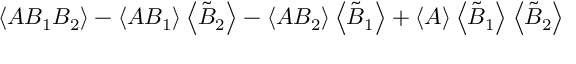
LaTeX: \left\langle A B _ { 1 } B _ { 2 } \right\rangle - \left\langle A B _ { 1 } \right\rangle \left\langle \tilde { B } _ { 2 } \right\rangle - \left\langle A B _ { 2 } \right\rangle \left\langle \tilde { B } _ { 1 } \right\rangle + \left\langle A \right\rangle \left\langle \tilde { B } _ { 1 } \right\rangle \left\langle \tilde { B } _ { 2 } \right\rangle